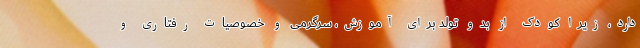
دارد، زیرا کودک از بدو تولد برای آموزش، سرگرمی و خصوصیات رفتاری و